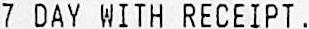
7 DAY WITH RECEIPT.